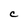
Character: C